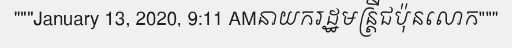
"""January 13, 2020, 9:11 AMនាយករដ្ឋមន្ត្រីជប៉ុនលោក"""